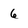
Character: 6